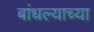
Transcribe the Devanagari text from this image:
बांधल्याच्या